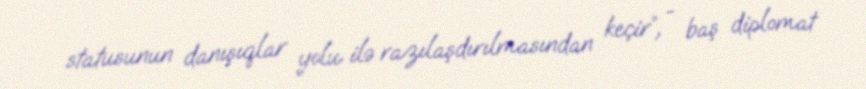
statusunun danışıqlar yolu ilə razılaşdırılmasından keçir”, - baş diplomat